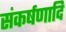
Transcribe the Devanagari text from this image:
संकर्षणादि